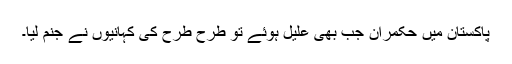
پاکستان میں حکمران جب بھی علیل ہوئے تو طرح طرح کی کہانیوں نے جنم لیا۔